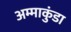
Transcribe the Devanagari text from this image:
अम्माकुंडा